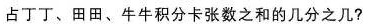
占丁丁、田田、牛牛积分卡张数之和的几分之几?